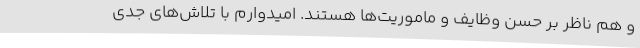
و هم ناظر بر حسن وظایف و ماموریت‌ها هستند. امیدوارم با تلاش‌های جدی